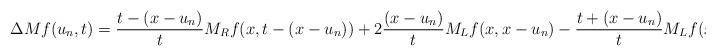
LaTeX: \begin{align*}\Delta Mf(u_n,t)&=\frac{t-(x-u_n)}{t}M_Rf(x,t-(x-u_n))+2\frac{(x-u_n)}{t}M_Lf(x,x-u_n)-\frac{t+(x-u_n)}{t}M_Lf(x,t+(x-u_n)).\end{align*}